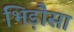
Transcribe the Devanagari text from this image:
भिड़ौसा